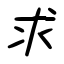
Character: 求